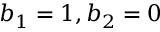
b _ { 1 } = 1 , b _ { 2 } = 0